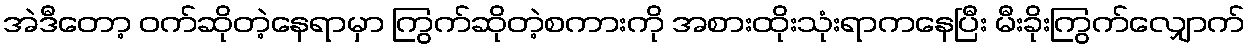
အဲဒီတော့ ဝက်ဆိုတဲ့နေရာမှာ ကြွက်ဆိုတဲ့စကားကို အစားထိုးသုံးရာကနေပြီး မီးခိုးကြွက်လျှောက်